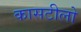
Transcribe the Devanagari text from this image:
कासटीलो